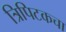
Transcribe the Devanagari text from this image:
त्रिपिटकचा